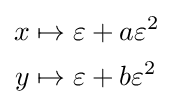
{\begin{aligned}x&\mapsto \varepsilon +a\varepsilon ^{2}\\y&\mapsto \varepsilon +b\varepsilon ^{2}\end{aligned}}